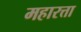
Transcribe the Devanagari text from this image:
महारत्ता